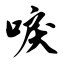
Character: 唳